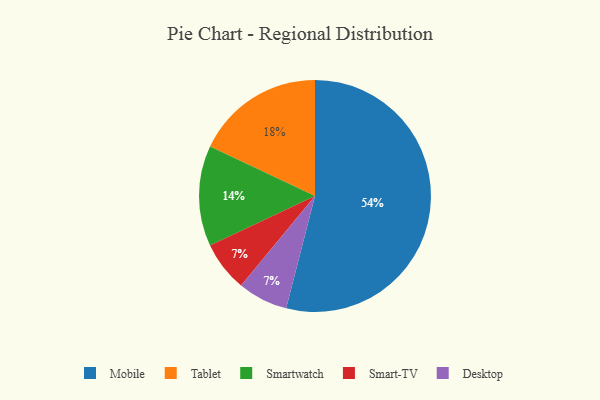
{"axis": {"x": "Category", "y": "Percentage"}, "legend": ["Desktop", "Mobile", "Smart-TV", "Smartwatch", "Tablet"], "data": [{"x": "Smart-TV", "y": 7, "type": "Smart-TV"}, {"x": "Desktop", "y": 7, "type": "Desktop"}, {"x": "Smartwatch", "y": 14, "type": "Smartwatch"}, {"x": "Mobile", "y": 54, "type": "Mobile"}, {"x": "Tablet", "y": 18, "type": "Tablet"}]}